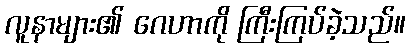
လူနာများ၏ ဂေဟာကို ကြီးကြပ်ခဲ့သည်။